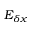
E _ { \delta x }